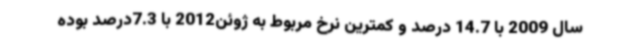
سال 2009 با 14.7 درصد و کمترین نرخ مربوط به ژوئن2012 با 7.3درصد بوده